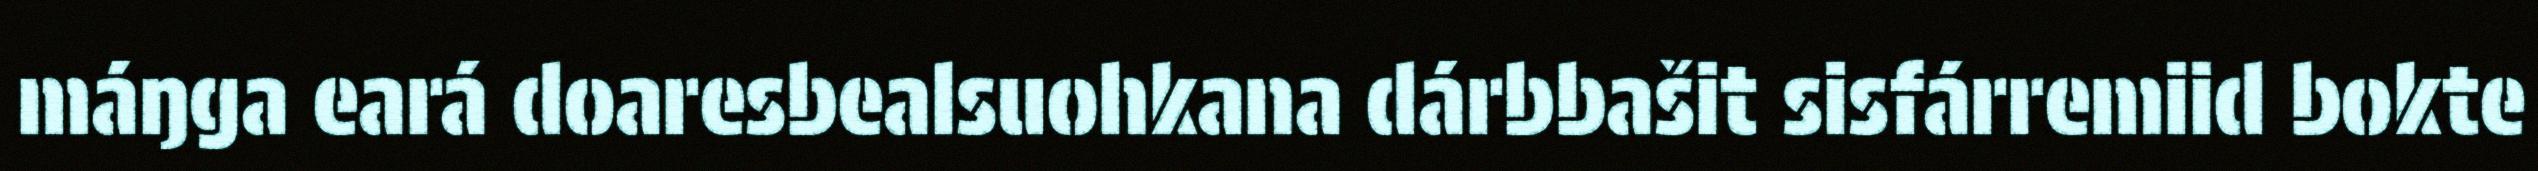
máŋga eará doaresbealsuohkana dárbbašit sisfárremiid bokte